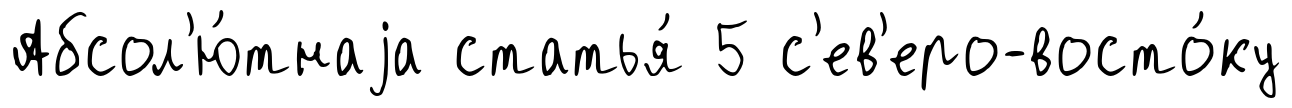
Абсол'ю́тнаjа статья́ 5 с'ев'еро-восто́ку